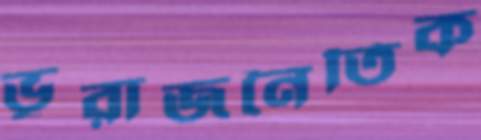
ভূরাজনৈতিক